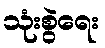
သုံးစွဲရေး